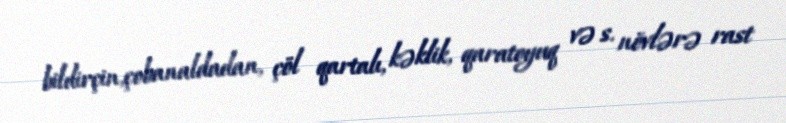
bildirçin,çobanaldadan, çöl qartalı, kəklik, qaratoyuq və s. növlərə rast